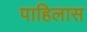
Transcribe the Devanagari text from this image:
पाहिलास